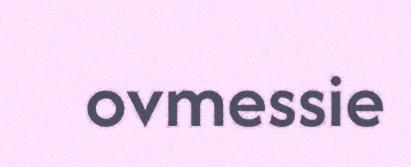
ovmessie